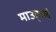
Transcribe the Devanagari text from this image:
माउड्स्ले